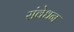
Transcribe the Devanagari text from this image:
संवेधन